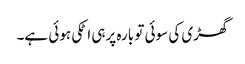
گھڑی کی سوئی تو بارہ پرہی اٹکی ہوئی ہے۔